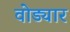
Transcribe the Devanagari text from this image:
वोड्यार